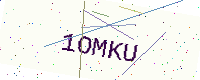
Text: 1OMKU